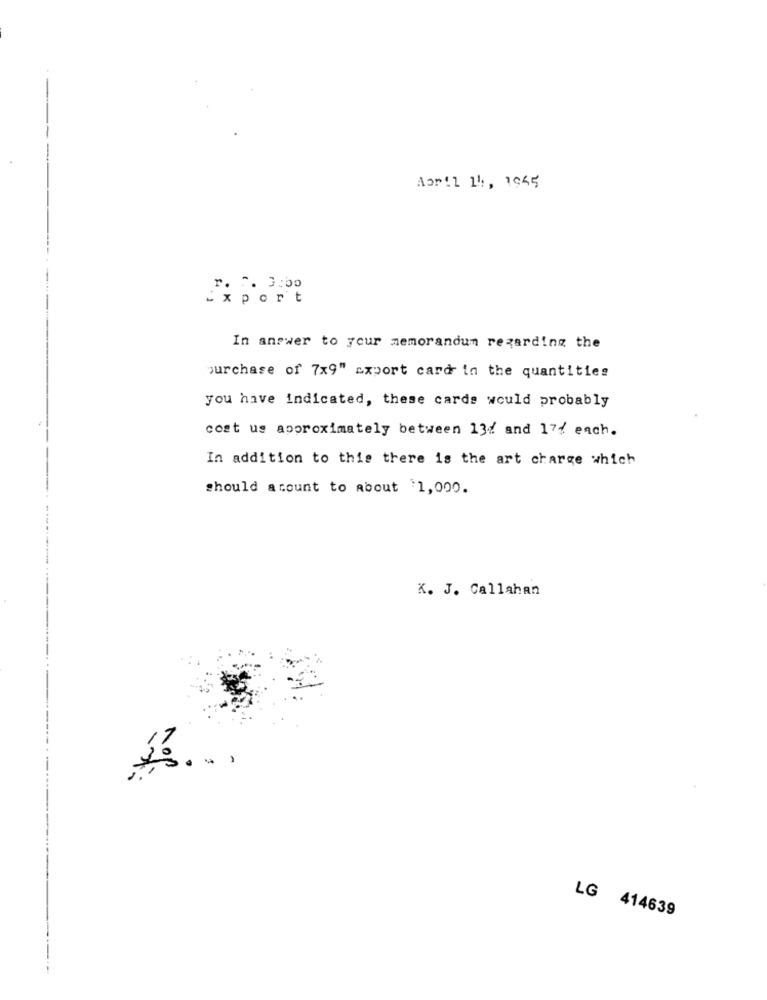
April 14 , 1945
r. C. 3:bo
Export
In answer to your memorandum regarding the
purchase of 7x9" export card in the quantities
you have indicated, these cards would probably
cost us approximately between 13% and 17% each.
In addition to this there is the art charge which
should acount to about $1,000.
K. J. Callahan
no
LG 414639